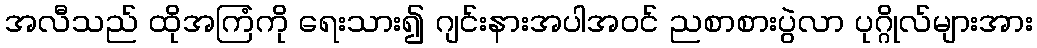
အလီသည် ထိုအကြံကို ရေးသား၍ ဂျင်းနားအပါအဝင် ညစာစားပွဲလာ ပုဂ္ဂိုလ်များအား